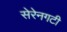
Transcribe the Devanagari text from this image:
सेरेनगटी